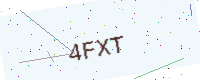
Text: 4FXT